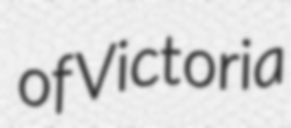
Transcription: of Victoria